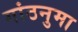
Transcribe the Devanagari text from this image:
गांठनुमा